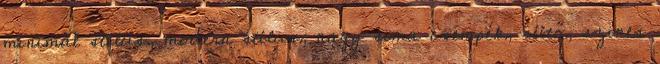
minimál stílus, modern stílus, nagy sima csempék, sütő, szines